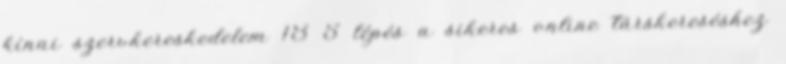
kínai szervkereskedelem 18 5 lépés a sikeres online társkereséshez